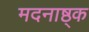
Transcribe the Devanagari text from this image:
मदनाष्ठ्क